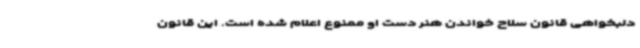
دلبخواهی قانون سلاح‌ خواندن هنر دست او ممنوع اعلام شده است. این قانون